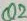
Text: Q2